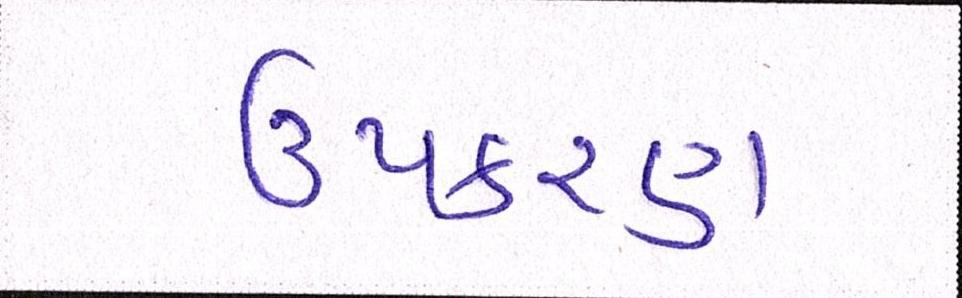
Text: ઉપકરણ